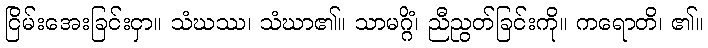
ငြိမ်းအေးခြင်းငှာ။ သံဃဿ၊ သံဃာ၏။ သာမဂ္ဂိံ၊ ညီညွတ်ခြင်းကို။ ကရောတိ၊ ၏။